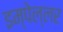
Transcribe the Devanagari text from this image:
इम्पेल्लर